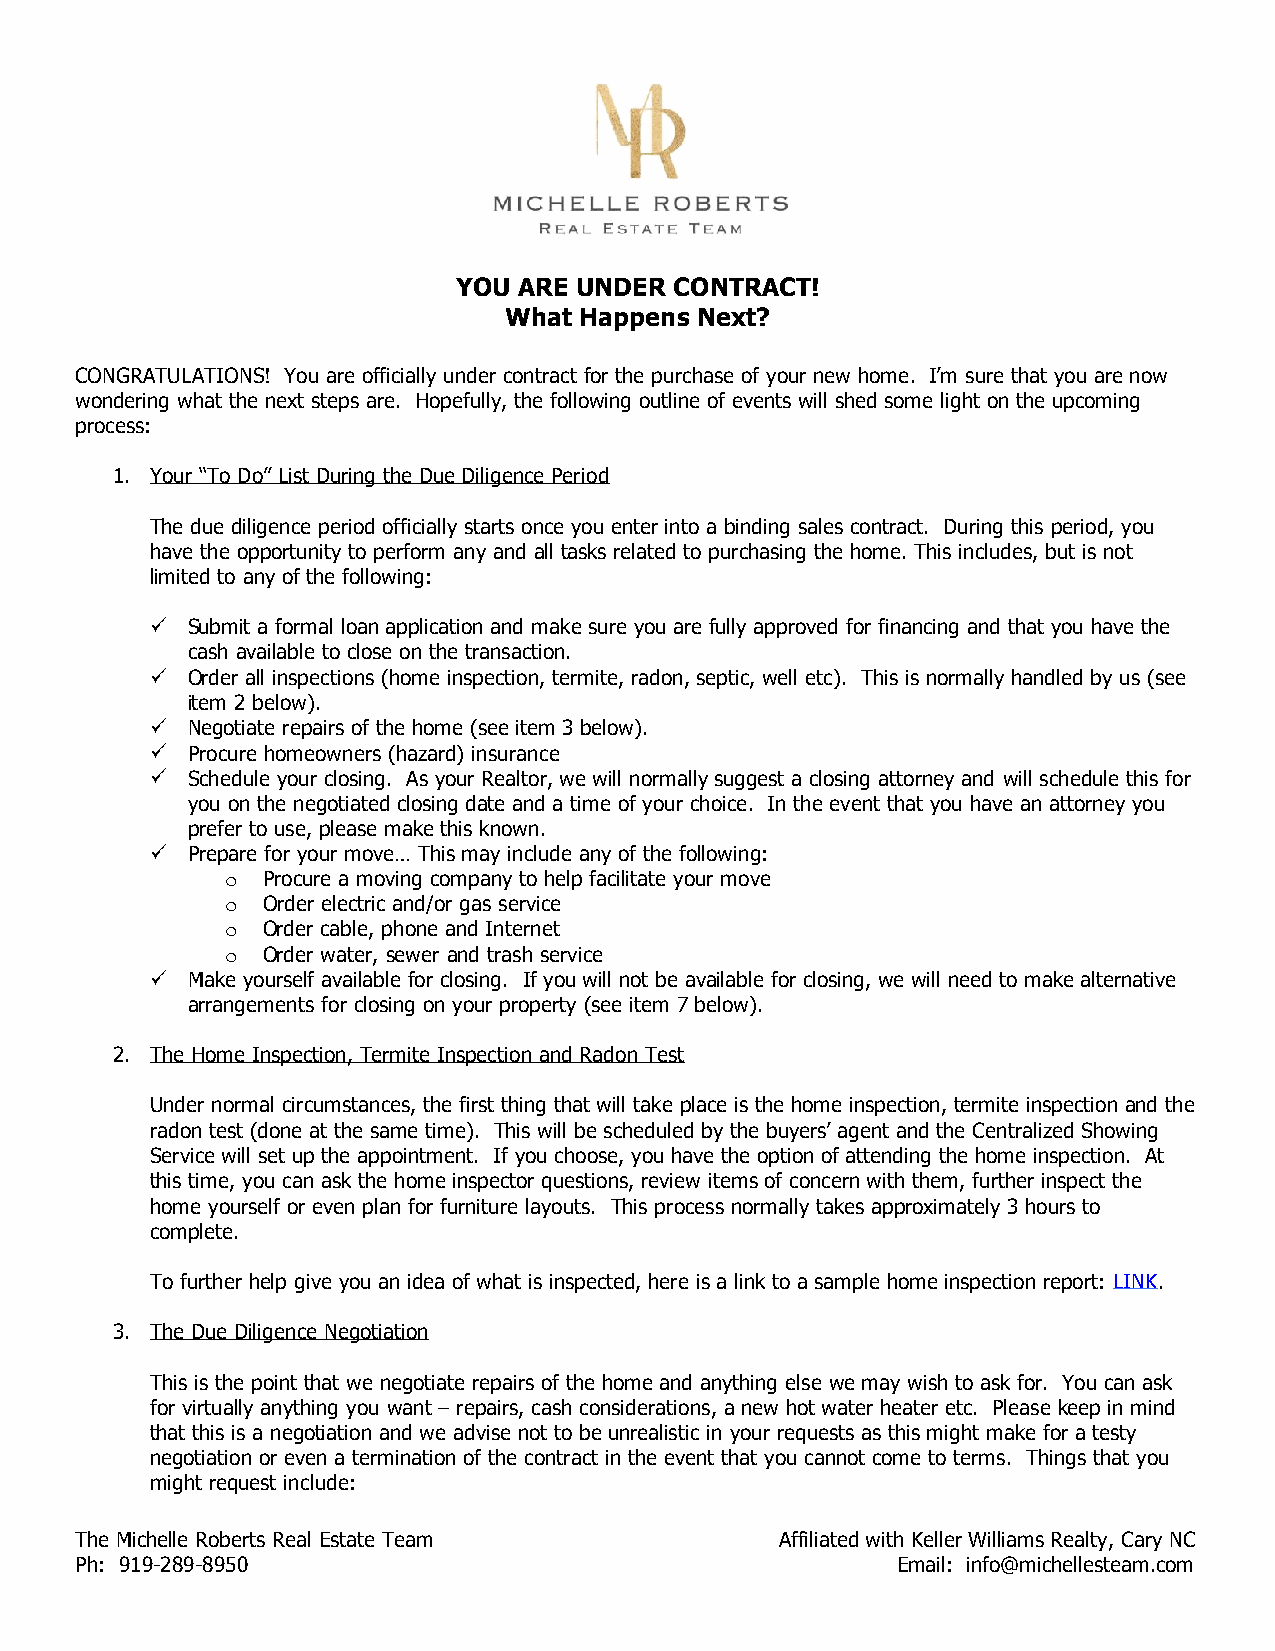
YOU ARE UNDER  CONTRACT!
 What Happens Next?
 CONGRATULATIONS! You are officially under contract for the purchase of your new home. I’m sure that you are now
 wondering what the next steps are. Hopefully, the following outline of events will shed some light on the upcoming
 process:
 1. Your “To Do” List During the Due Diligence Period
 The due diligence period officially starts once you enter into a binding sales contract. During this period, you
 have the opportunity to perform any and all tasks related to purchasing the home. This includes, but is not
 limited to any of the following:
 Submit a formal loan application and make sure you are fully approved for financing and that you have the
 cash available to close on the transaction.
 Order all inspections (home inspection, termite, radon, septic, well etc). This is normally handled by us (see
 item 2 below).
 Negotiate repairs of the home (see item 3 below).
 Procure homeowners (hazard) insurance
 Schedule your closing. As your Realtor, we will normally suggest a closing attorney and will schedule this for
 you on the negotiated closing date and a time of your choice. In the event that you have an attorney you
 prefer to use, please make this known.
 Prepare for your move… This may include any of the following:
 o Procure a moving company to help facilitate your move
 o Order electric and/or gas service
 o Order cable, phone and Internet
 o Order water, sewer and trash service
 Make yourself available for closing. If you will not be available for closing, we will need to make alternative
 arrangements for closing on your property (see item 7 below).
 2. The Home Inspection, Termite Inspection and Radon Test
 Under normal circumstances, the first thing that will take place is the home inspection, termite inspection and the
 radon test (done at the same time). This will be scheduled by the buyers’ agent and the Centralized Showing
 Service will set up the appointment. If you choose, you have the option of attending the home inspection. At
 this time, you can ask the home inspector questions, review items of concern with them, further inspect the
 home yourself or even plan for furniture layouts. This process normally takes approximately 3 hours to
 complete.
 To further help give you an idea of what is inspected, here is a link to a sample home inspection report: LINK.
 3. The Due Diligence Negotiation
 This is the point that we negotiate repairs of the home and anything else we may wish to ask for. You can ask
 for virtually anything you want – repairs, cash considerations, a new hot water heater etc. Please keep in mind
 that this is a negotiation and we advise not to be unrealistic in your requests as this might make for a testy
 negotiation or even a termination of the contract in the event that you cannot come to terms. Things that you
 might request include:
 The Michelle Roberts Real Estate Team          Affiliated with Keller Williams Realty, Cary NC
 Ph: 919-289-8950                                      Email: info@michellesteam.com